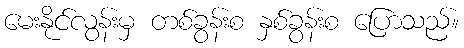
မေးနိုင်လွန်းမှ တစ်ခွန်းစ နှစ်ခွန်းစ ပြောသည်။